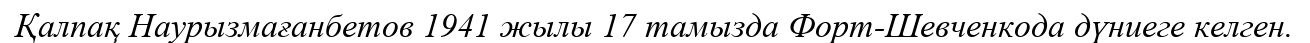
Қалпақ Наурызмағанбетов 1941 жылы 17 тамызда Форт-Шевченкода дүниеге келген.